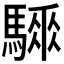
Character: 𩥗